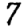
Digit: 7